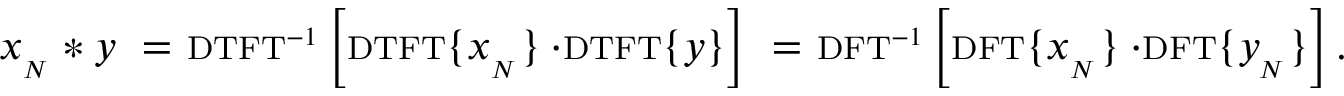
x _ { _ { N } } * y \ = \ \scriptstyle \mathrm { { D T F T } } ^ { - 1 } \displaystyle \left[ \scriptstyle \mathrm { { D T F T } } \displaystyle \{ x _ { _ { N } } \} \cdot \scriptstyle \mathrm { { D T F T } } \displaystyle \{ y \} \right] \ = \ \scriptstyle \mathrm { { D F T } } ^ { - 1 } \displaystyle \left[ \scriptstyle \mathrm { { D F T } } \displaystyle \{ x _ { _ { N } } \} \cdot \scriptstyle \mathrm { { D F T } } \displaystyle \{ y _ { _ { N } } \} \right] .